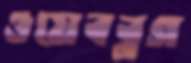
ওয়েবব্লগ